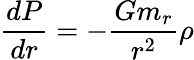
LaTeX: \frac{dP}{dr}=-\frac{Gm_{r}}{r^{2}}\rho